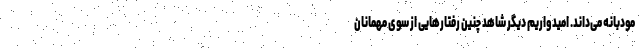
مودبانه می‌داند. امیدواریم دیگر شاهد چنین رفتارهایی از سوی مهمانان